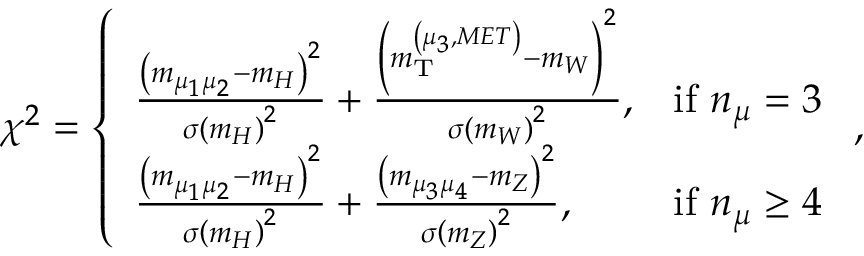
\chi ^ { 2 } = \left\{ \begin{array} { l l } { \frac { \left( m _ { \mu _ { 1 } \mu _ { 2 } } - m _ { H } \right) ^ { 2 } } { \sigma \left( m _ { H } \right) ^ { 2 } } + \frac { \left( m _ { \mathrm { T } } ^ { \left( \mu _ { 3 } , M E T \right) } - m _ { W } \right) ^ { 2 } } { \sigma \left( m _ { W } \right) ^ { 2 } } , } & { \mathrm { i f ~ } n _ { \mu } = 3 } \\ { \frac { \left( m _ { \mu _ { 1 } \mu _ { 2 } } - m _ { H } \right) ^ { 2 } } { \sigma \left( m _ { H } \right) ^ { 2 } } + \frac { \left( m _ { \mu _ { 3 } \mu _ { 4 } } - m _ { Z } \right) ^ { 2 } } { \sigma \left( m _ { Z } \right) ^ { 2 } } , } & { \mathrm { i f ~ } n _ { \mu } \geq 4 } \end{array} \right. ,